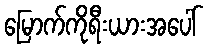
မြောက်ကိုရီးယားအပေါ်